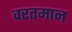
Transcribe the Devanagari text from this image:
वरतमान